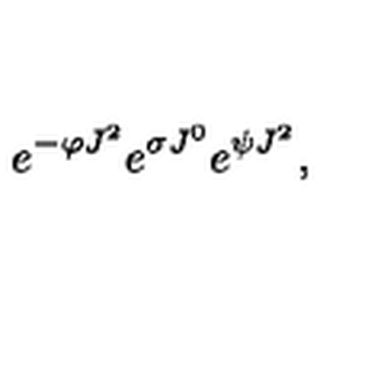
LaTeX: e ^ { - \varphi J ^ { 2 } } e ^ { \sigma J ^ { 0 } } e ^ { \psi J ^ { 2 } } ,